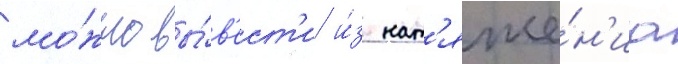
мо́жно вы́в'ест'и и́з нат'яже́н'иа